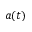
a ( t )